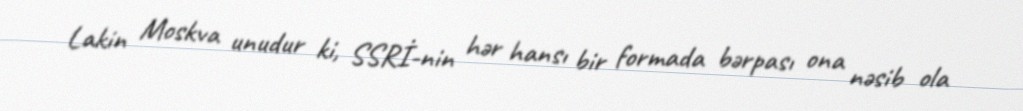
Lakin Moskva unudur ki, SSRİ-nin hər hansı bir formada bərpası ona nəsib ola